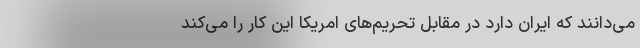
می‌دانند که ایران دارد در مقابل تحریم‌های امریکا این کار را می‌کند